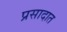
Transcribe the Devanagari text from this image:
प्रसादात